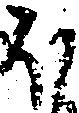
ほ